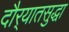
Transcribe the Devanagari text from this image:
दौर्‍यातसुद्धा